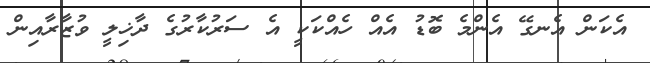
އެކަން އެނގޭ އެންމެ ބޮޑު އެއް ހެއްކަކީ އެ ސަރުކާރުގެ ދާޚިލީ ވުޒާރާއިން